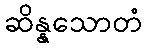
ဆိန္နသောတံ